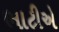
ભાટીએ